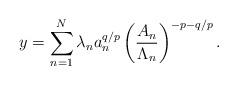
LaTeX: \begin{align*} y = \sum_{n=1}^N \lambda_na_n^{q/p}\left(\frac{A_n}{\Lambda_n}\right)^{-p-q/p}.\end{align*}